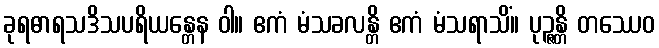
ခုရဓာရသဒိသပရိယန္တေန ဝါ။ ဧကံ မံသခလန္တိ ဧကံ မံသရာသိံ။ ပုဉ္ဇန္တိ တဿေဝ